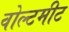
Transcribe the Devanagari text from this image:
वोल्टमीट